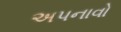
અપનાવો